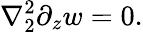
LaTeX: \nabla_{2}^{2}\partial_{z}w=0.